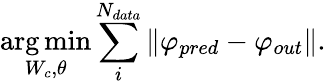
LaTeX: \mathop{\mathrm{arg\, min}}_{W_{c},\theta}\sum_{i}^{N_{data}}\Vert\mathbf{\varphi}_{pred}-\mathbf{\varphi}_{out}\Vert.